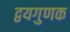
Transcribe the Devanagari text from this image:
द्वयगुणक